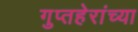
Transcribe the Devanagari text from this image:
गुप्तहेरांच्या